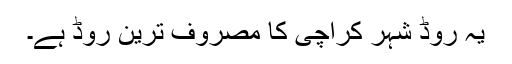
یہ روڈ شہر کراچی کا مصروف ترین روڈ ہے۔